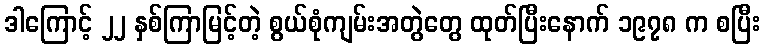
ဒါကြောင့် ၂၂ နှစ်ကြာမြင့်တဲ့ စွယ်စုံကျမ်းအတွဲတွေ ထုတ်ပြီးနောက် ၁၉၇၈ က စပြီး